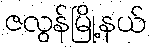
ဇလွန်မြို့နယ်